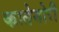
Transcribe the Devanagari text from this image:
कातेगोरी